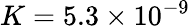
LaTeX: K=5.3\times{{10}^{-9}}